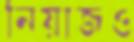
নিয়াজও